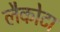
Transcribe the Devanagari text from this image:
लैकोटा